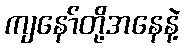
ကျနော်တို့အနေနဲ့